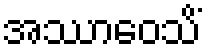
အဿာဝေသိံ